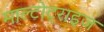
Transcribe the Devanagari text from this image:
माल्टोट्राइज